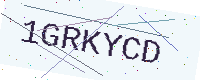
Text: 1GRKYCD